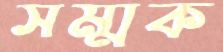
সম্মক